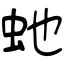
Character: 虵